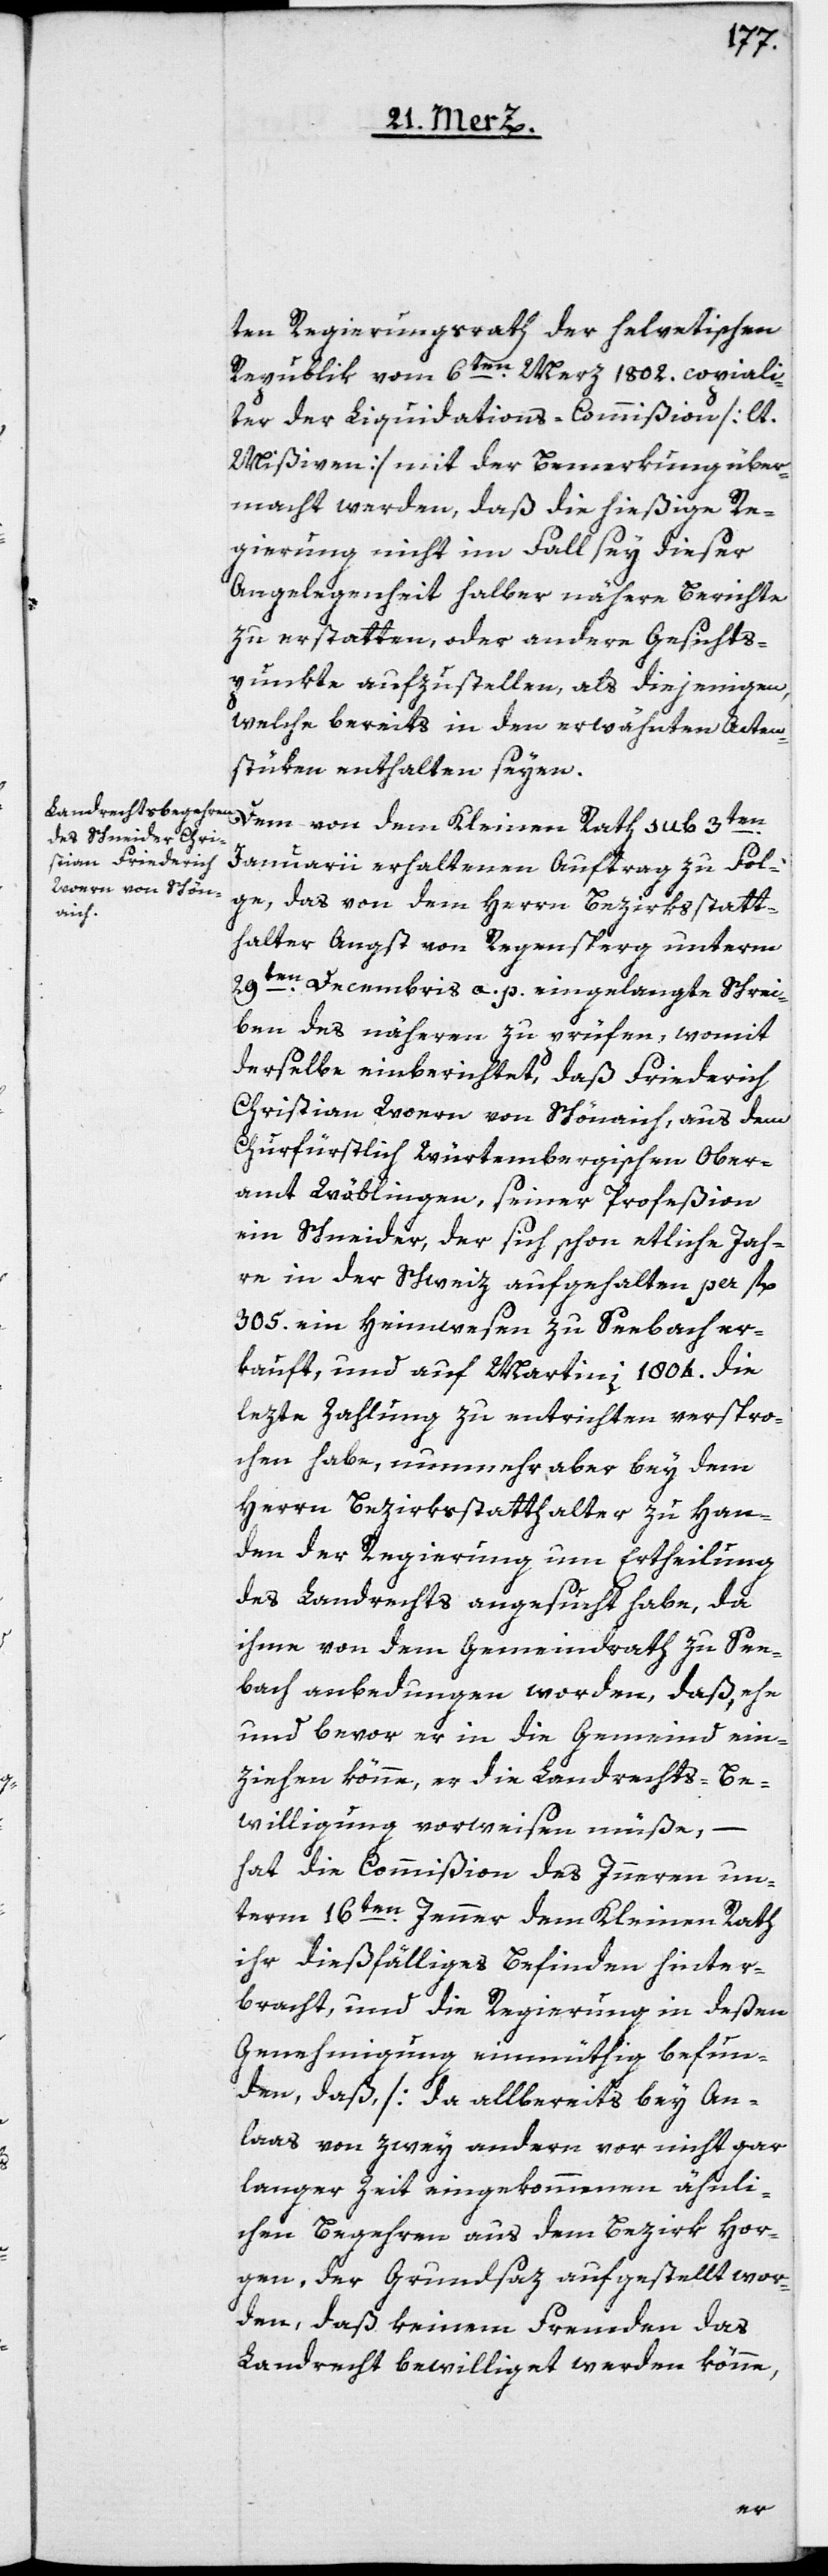
ten Regierungsrath der helvetischen
Republik vom 6ten Merz 1802. copiali¬
ter der Liquidations-Commißion [lt.
Mißiven] mit der Bemerkung über¬
macht werden, daß die hießige Re¬
gierung nicht im Fall sey dieser
Angelegenheit halber nähere Berichte
zu erstatten, oder andere Gesichts¬
punkte aufzustellen, als diejenigen,
welche bereits in den erwähnten Akten¬
stüken enthalten seyen.
Dem von dem Kleinen Rath sub 3ten
Januarii erhaltenen Auftrag zu Fol¬
ge, das von dem Herrn Bezirksstatt¬
halter Angst von Regensperg unterm
29ten Decembris a. p. eingelangte Schrei¬
ben des näheren zu prüfen, womit
derselbe einberichtet, daß Friederich
Christian Woern von Schönaich, aus dem
Churfürstlich Würtembergischen Ober¬
amt Wäblingen, seiner Profeßion
ein Schneider, der sich schon etliche Jah¬
re in der Schweiz aufgehalten per fl.
305. ein Heimwesen zu Seebach er¬
kauft, und auf Martini 1804. die
lezte Zahlung zu entrichten verspro¬
chen habe, nunmehr aber bey dem
Herrn Bezirksstatthalter zu Han¬
den der Regierung um Ertheilung
des Landrechts angesucht habe, da
ihme von dem Gemeindrath zu See¬
bach anbedungen worden, daß, ehe
und bevor er in die Gemeind ein¬
ziehen könne, er die Landrechts-Be¬
willigung vorweisen müße,
hat die Commißion des Innern un¬
term 16ten Jenner dem Kleinen Rath
ihr dießfälliges Befinden hinter¬
bracht, und die Regierung in deßen
Genehmigung einmüthig befun¬
den, daß [da allbereits bey An¬
laß von zwey andern vor nicht gar
langer Zeit eingekommenen ähnli¬
chen Begehren aus dem Bezirk Hor¬
gen, der Grundsaz aufgestellt wor¬
den, daß keinem Fremden das
Landrecht bewilliget werden könne,